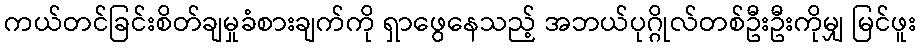
ကယ်တင်ခြင်းစိတ်ချမှုခံစားချက်ကို ရှာဖွေနေသည့် အဘယ်ပုဂ္ဂိုလ်တစ်ဦးဦးကိုမျှ မြင်ဖူး